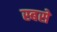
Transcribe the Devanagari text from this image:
स्बसे